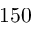
1 5 0